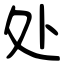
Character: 处